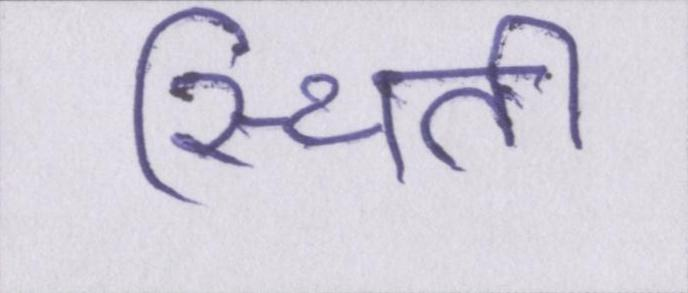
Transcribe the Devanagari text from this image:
स्थिती